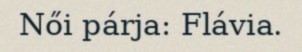
Női párja: Flávia.